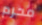
محرم